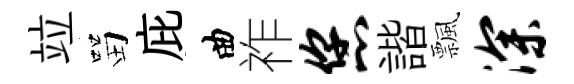
竝㽞庇曲祚您諧飄深